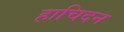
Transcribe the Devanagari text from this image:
हाचिदन